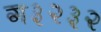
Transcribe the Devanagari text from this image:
ग३२३२